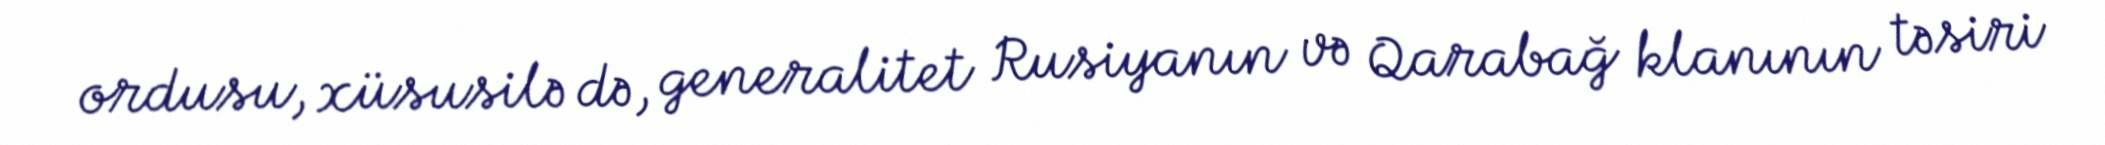
ordusu, xüsusilə də, generalitet Rusiyanın və Qarabağ klanının təsiri